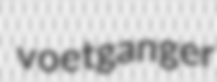
voetganger